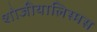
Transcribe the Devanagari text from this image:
शोजीयालिस्मस